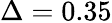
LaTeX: \Delta=0.35